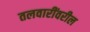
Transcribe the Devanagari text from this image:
तलवारींवरील